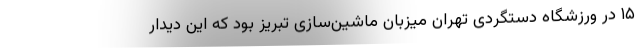
۱۵ در ورزشگاه دستگردی تهران میزبان ماشین‌سازی تبریز بود که این دیدار